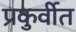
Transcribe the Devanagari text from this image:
प्रकुर्वीत